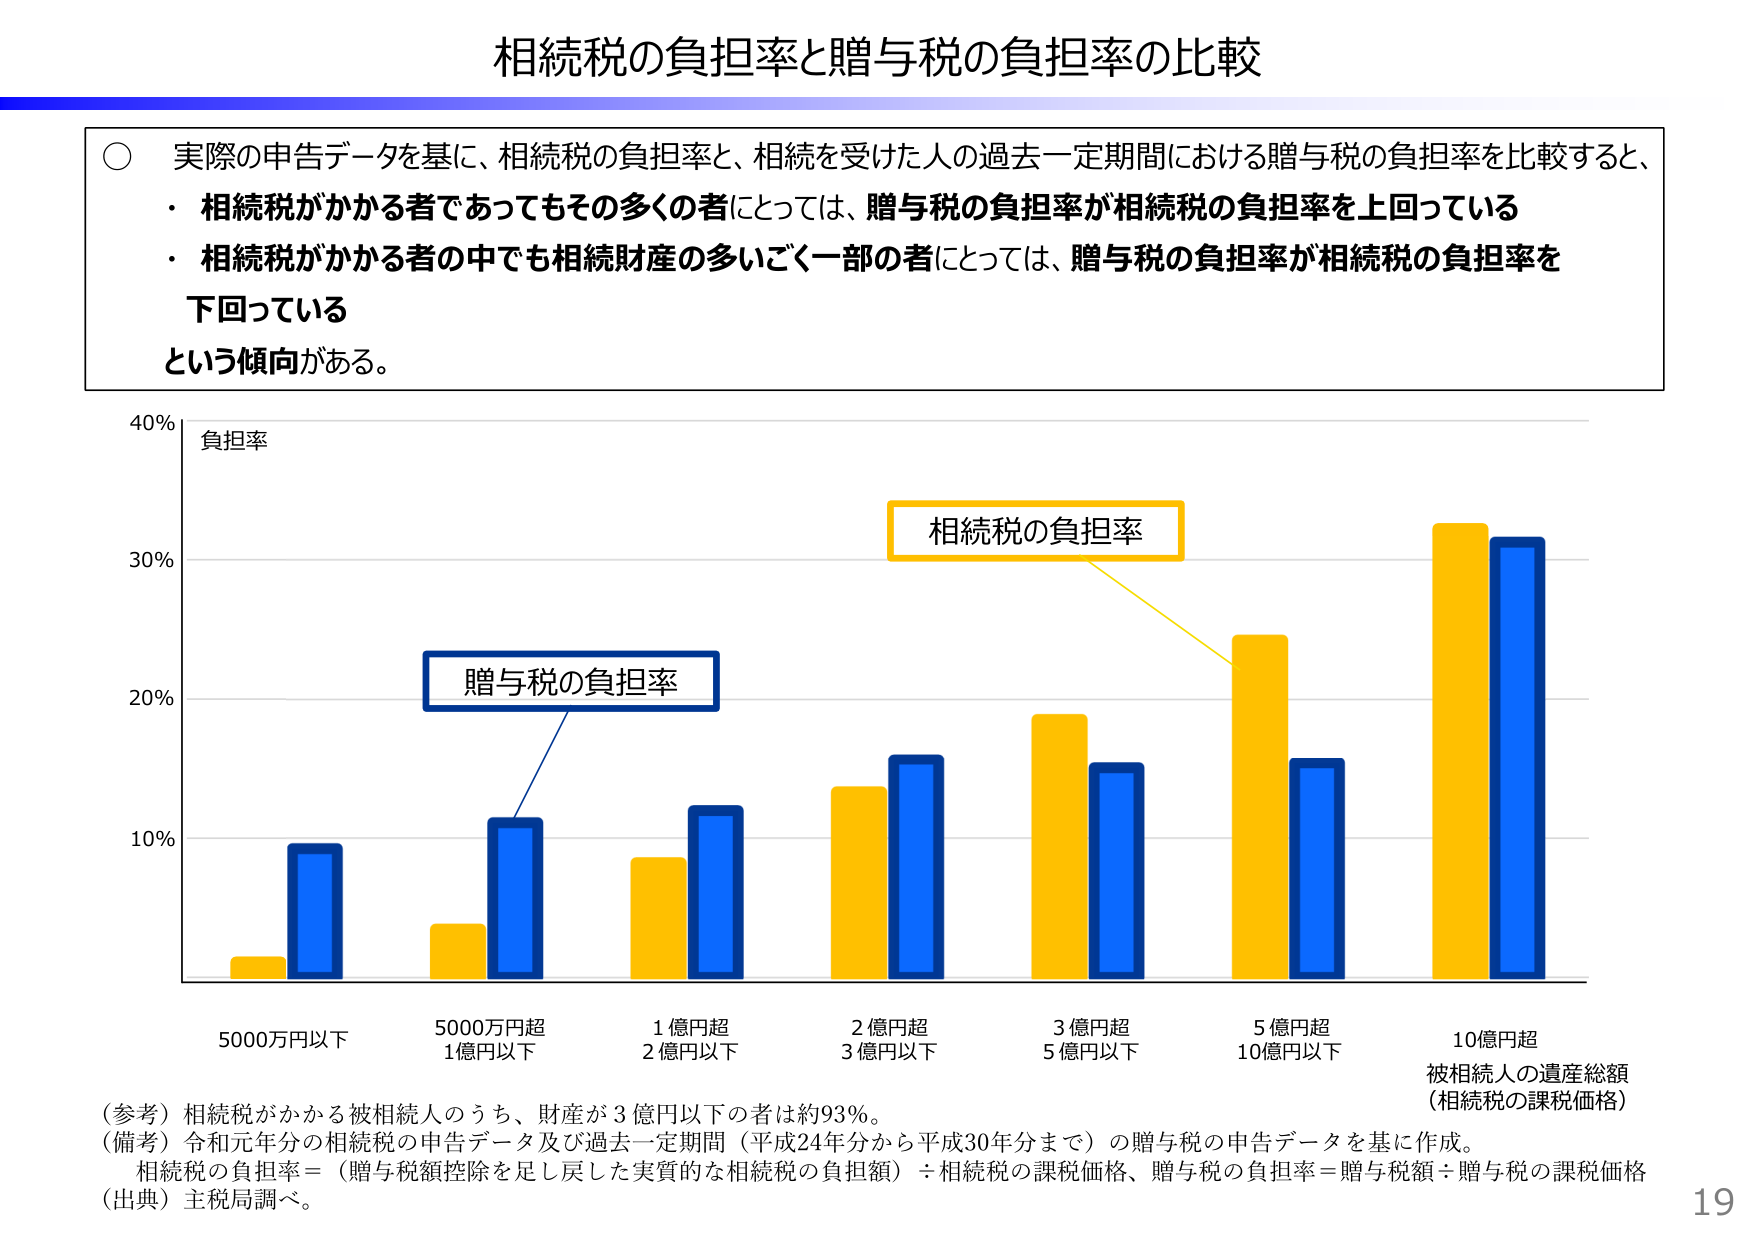
相続税の負担率と贈与税の負担率の比較

○ 実際の申告データを基に、相続税の負担率と、相続を受けた人の過去一定期間における贈与税の負担率を比較すると、
・ 相続税がかかる者であってもその多くの者にとっては、贈与税の負担率が相続税の負担率を上回っている
・ 相続税がかかる者の中でも相続財産の多いごく一部の者にとっては、贈与税の負担率が相続税の負担率を
下回っている
という傾向がある。

負担率
40%
30%
20%
10%

相続税の負担率
贈与税の負担率

5000万円以下
5000万円超
1億円以下
1億円超
2億円以下
2億円超
3億円以下
3億円超
5億円以下
5億円超
10億円以下
10億円超
被相続人の遺産総額
（相続税の課税価格）

（参考）相続税がかかる被相続人のうち、財産が3億円以下の者は約93%。
（備考）令和元年分の相続税の申告データ及び過去一定期間（平成24年分から平成30年分まで）の贈与税の申告データを基に作成。
相続税の負担率＝（贈与税額控除を足し戻した実質的な相続税の負担額）÷相続税の課税価格、贈与税の負担率＝贈与税額÷贈与税の課税価格
（出典）主税局調べ。

19